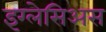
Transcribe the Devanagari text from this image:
इग्लेसिअस